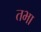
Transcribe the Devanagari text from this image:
तभा